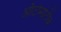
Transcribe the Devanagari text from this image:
ऑटोमोटीव